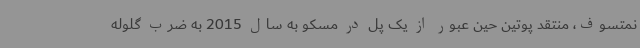
نمتسوف، منتقد پوتین حین عبور از یک پل در مسکو به سال 2015 به ضرب گلوله